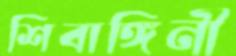
শিবাঙ্গিনী